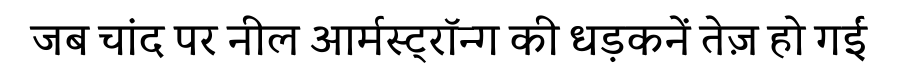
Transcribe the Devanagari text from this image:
जब चांद पर नील आर्मस्ट्रॉन्ग की धड़कनें तेज़ हो गईं